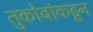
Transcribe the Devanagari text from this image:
तुकोबांकडून